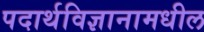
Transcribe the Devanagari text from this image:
पदार्थविज्ञानामधील